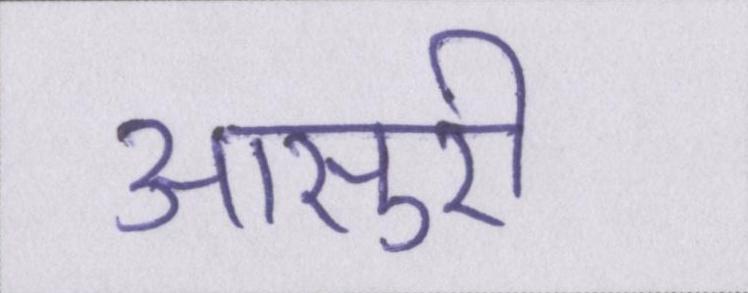
आसुरी